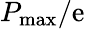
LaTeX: P_{\mathrm{max}}/\mathrm{e}